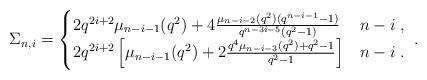
LaTeX: \begin{align*} \Sigma_{n,i}=\begin{cases} 2q^{2i+2}\mu_{n-i-1}(q^{2})+4\frac{\mu_{n-i-2}(q^{2})(q^{n-i-1}-1)}{q^{n-3i-5}(q^{2}-1)}&n-i\;,\\ 2q^{2i+2}\left[\mu_{n-i-1}(q^{2})+2\frac{q^{4}\mu_{n-i-3}(q^{2})+q^{2}-1}{q^{2}-1}\right]&n-i\;. \end{cases}\;.\end{align*}